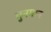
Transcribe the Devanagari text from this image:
गुनगान